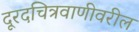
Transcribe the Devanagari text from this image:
दूरदचित्रवाणीवरील